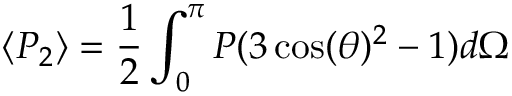
\langle P _ { 2 } \rangle = \frac { 1 } { 2 } \int _ { 0 } ^ { \pi } P ( 3 \cos ( \theta ) ^ { 2 } - 1 ) d \Omega